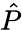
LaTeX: \hat{P}